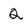
Character: Q